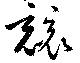
競